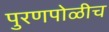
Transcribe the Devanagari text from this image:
पुरणपोळीच